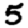
Digit: 5